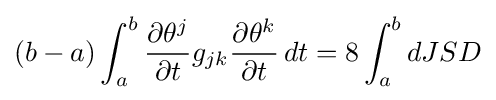
(b-a)\int _{a}^{b}{\frac {\partial \theta ^{j}}{\partial t}}g_{jk}{\frac {\partial \theta ^{k}}{\partial t}}\,dt=8\int _{a}^{b}dJSD